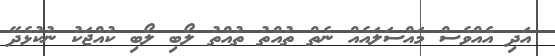
އަދި އެއްވެސް މައްސަލައެއް ނެތް ތުއްތު ތުއްތު ލޯބި ލޯބި ކުއްޖަކު ނުކުޅެދޭ